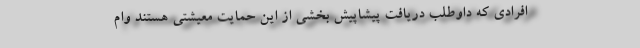
افرادی که داوطلب دریافت پیشاپیش بخشی از این حمایت معیشتی هستند وام